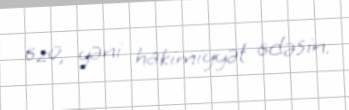
özü, yəni hakimiyyət ödəsin.